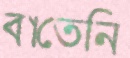
বাতেনি